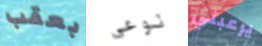
بعقب نوعي يرعبني